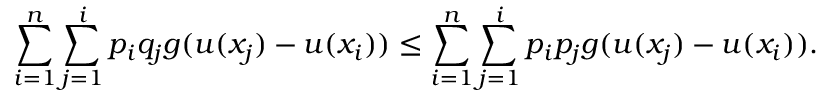
\sum _ { i = 1 } ^ { n } \sum _ { j = 1 } ^ { i } p _ { i } q _ { j } g ( u ( x _ { j } ) - u ( x _ { i } ) ) \leq \sum _ { i = 1 } ^ { n } \sum _ { j = 1 } ^ { i } p _ { i } p _ { j } g ( u ( x _ { j } ) - u ( x _ { i } ) ) .